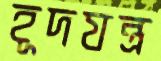
হূদযন্ত্র